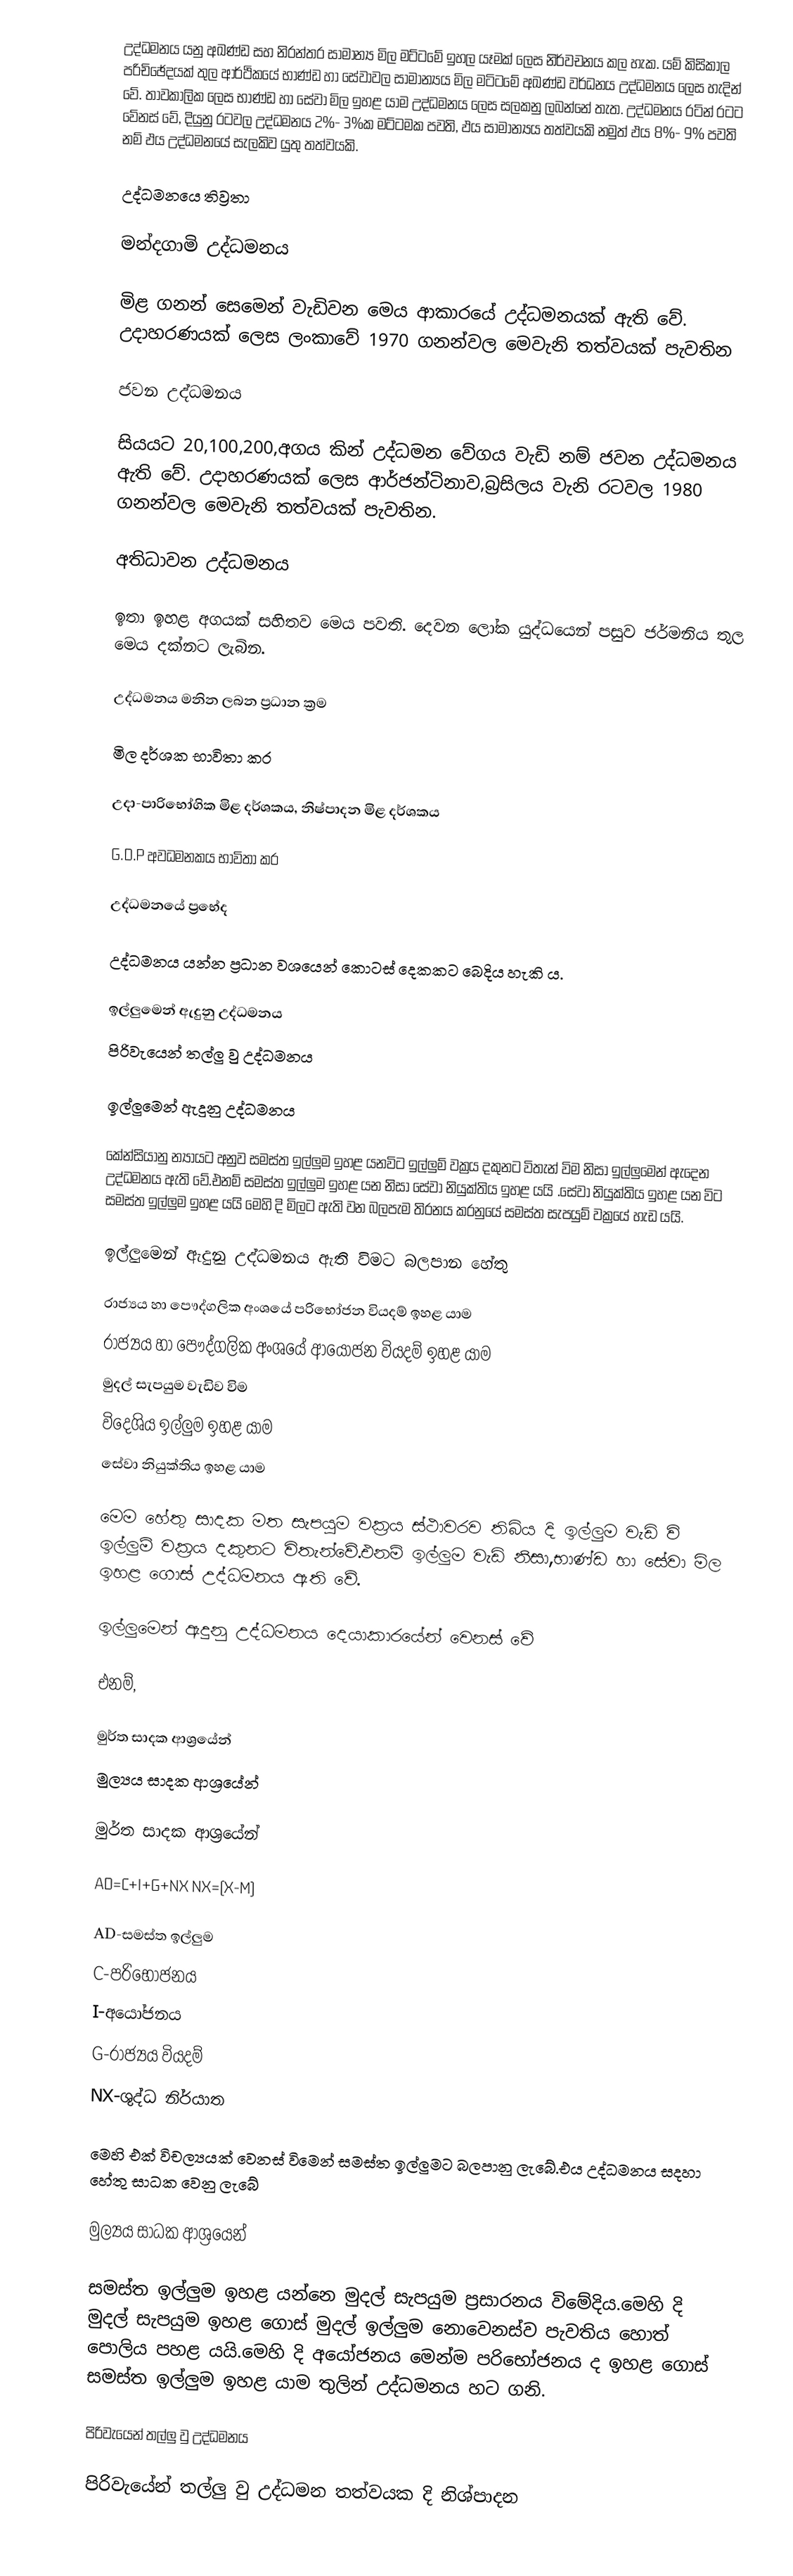
උද්ධමනය යනු අඛණ්ඩ සහ නිරන්තර සාමාන්‍ය මිල මට්ටමේ ඉහල යෑමක් ලෙස නිර්වචනය කල හැක. යම් කිසිකාල පරිචිඡේදයක් තුල ආර්ථිකයේ භාණ්ඩ හා සේවාවල සාමාන්‍යය මිල මටිටමේ අඛණ්ඩ වර්ධනය උද්ධමනය ලෙස හැදින් වේ. තාවකාලික ලෙස භාණ්ඩ හා සේවා මිල ඉහළ යාම උද්ධමනය ලෙස සලකනු ලබන්නේ තැත. උද්ධමනය රටින් රටට වේනස් වේ, දියුනු රටවල උද්ධමනය 2%- 3%ක මට්ටමක පවති, ඵය සාමාන්‍යය තත්වයකි නමුත් ඵය 8%- 9% පවති නම් ඵය උද්ධමනයේ සැලකිව යුතු තත්වයකි.

උද්ධමනයෙ තිව්‍රතා

මන්දගාමි උද්ධමනය

මිළ ගනන් සෙමෙන් වැඩිවන මෙය ආකාරයේ උද්ධමනයක් ඇති වේ. උදාහරණයක් ලෙස ලංකාවේ 1970 ගනන්වල  මෙවැනි තත්වයක් පැවතින

ජවන උද්ධමනය

සියයට 20,100,200,අගය කින්  උද්ධමන වේගය වැඩි නම් ජවන උද්ධමනය ඇති වේ. උදාහරණයක් ලෙස ආර්ජන්ටිනාව,බ්‍රසිලය වැනි රටවල 1980 ගනන්වල මෙවැනි තත්වයක් පැවතින.

අතිධාවන උද්ධමනය

ඉතා ඉහළ අගයක් සහිතව මෙය පවති. දෙවන ලෝක යුද්ධයෙන් පසුව ජර්මනිය තුල මෙය දක්නට ලැබින.

උද්ධමනය මනින ලබන ප්‍රධාන ක්‍රම

මිල දර්ශක භාවිතා කර

උදා-පාරි‍භෝගික මිළ දර්ශකය, නිෂ්පාදන මිළ දර්ශකය

G.D.P අවධමනකය භාවිතා කර

උද්ධමනයේ ප්‍ර‍භේද

උද්ධමනය යන්න ප්‍රධාන වශයෙන් කොටස් දෙකකට බෙදිය හැකි ය.

 ඉල්ලුමෙන් ඇදුනු උද්ධමනය
 පිරිවැයෙන් තල්ලු වු උද්ධමනය

ඉල්ලුමෙන් ඇදුනු උද්ධමනය

කේන්සියානු න්‍යායට අනුව සමස්ත ඉල්ලුම ඉහළ යනවිට  ඉල්ලුම් වක්‍රය දකුනට විතැන් විම නිසා ඉල්ලුමෙන් ඇදෙන උද්ධමනය ඇති වේ.එනම් සමස්ත ඉල්ලුම ඉහළ යන නිසා සේවා නියුක්තිය ඉහළ යයි .සේවා නියුක්තිය ඉහළ යන විට සමස්ත ඉල්ලුම ඉහළ යයි මෙහි දි මිලට ඇති වන බලපැම තිරනය කරනුයේ සමස්ත සැපයුම් වක්‍රයේ හැඩ යයි.

ඉල්ලුමෙන් ඇදුනු උද්ධමනය ඇති විමට බලපාන හේතු

රාජ්‍යය හා පෞද්ගලික අංශයේ පරිභෝජන වියදම් ඉහළ යාම
රාජ්‍යය හා පෞද්ගලික අංශයේ ආයෝජන වියදම් ඉහළ යාම
මුදල් සැපයුම වැඩිව විම
විදෙශිය ඉල්ලුම ඉහළ යාම
සේවා නියුක්තිය ඉහළ යාම

මෙම හේතු සාදක මත සැපයුම වක්‍රය ස්ථාවරව තිබිය දි ඉල්ලුම වැඩි වි ඉල්ලුම් වක්‍රය දකුනට විතැන්වේ.එනම් ඉල්ලුම වැඩි නිසා,භාණ්ඩ හා සේවා මිල ඉහළ ගොස්   උද්ධමනය ඇති වේ.

ඉල්ලුමෙන් ඇදුනු උද්ධමනය දෙයාකාරයේන් වෙනස් වේ

එනම්,

 මුර්ත සාදක ආශ්‍රයේන්
 මුල්‍යය සාදක ආශ්‍රයේන්

මුර්ත සාදක ආශ්‍රයේන්

AD=C+I+G+NX              NX=(X-M)

AD-සමස්ත ඉල්ලුම
C-පරි‍භෝජනය
I-අයෝජනය
G-රාජ්‍යය වියදම්
NX-ශුද්ධ නිර්යාත

මෙහි එක් විචල්‍යයක් වෙනස් විමෙන් සමස්ත ඉල්ලුමට බලපානු ලැබේ.එය උද්ධමනය සදහා හේතු සාධක වෙනු ලැබේ

මුල්‍යය සාධක ආශ්‍රයෙන්

සමස්ත ඉල්ලුම ඉහළ යන්නෙ මුදල් සැපයුම ප්‍රසාරනය විමේදිය.මෙහි දි   මුදල් සැපයුම ඉහළ ගොස් මුදල් ඉල්ලුම නොවෙනස්ව පැවතිය හොත් පොලිය පහළ යයි.මෙහි දි අයෝජනය මෙන්ම පරිභෝජනය ද ඉහළ ගොස් සමස්ත ඉල්ලුම ඉහළ යාම තුලින් උද්ධමනය හට ගනි.

පිරිවැයෙන් තල්ලු වු උද්ධමනය

පිරිවැයේන් තල්ලු වු උද්ධමන තත්වයක දි නිශ්පාදන